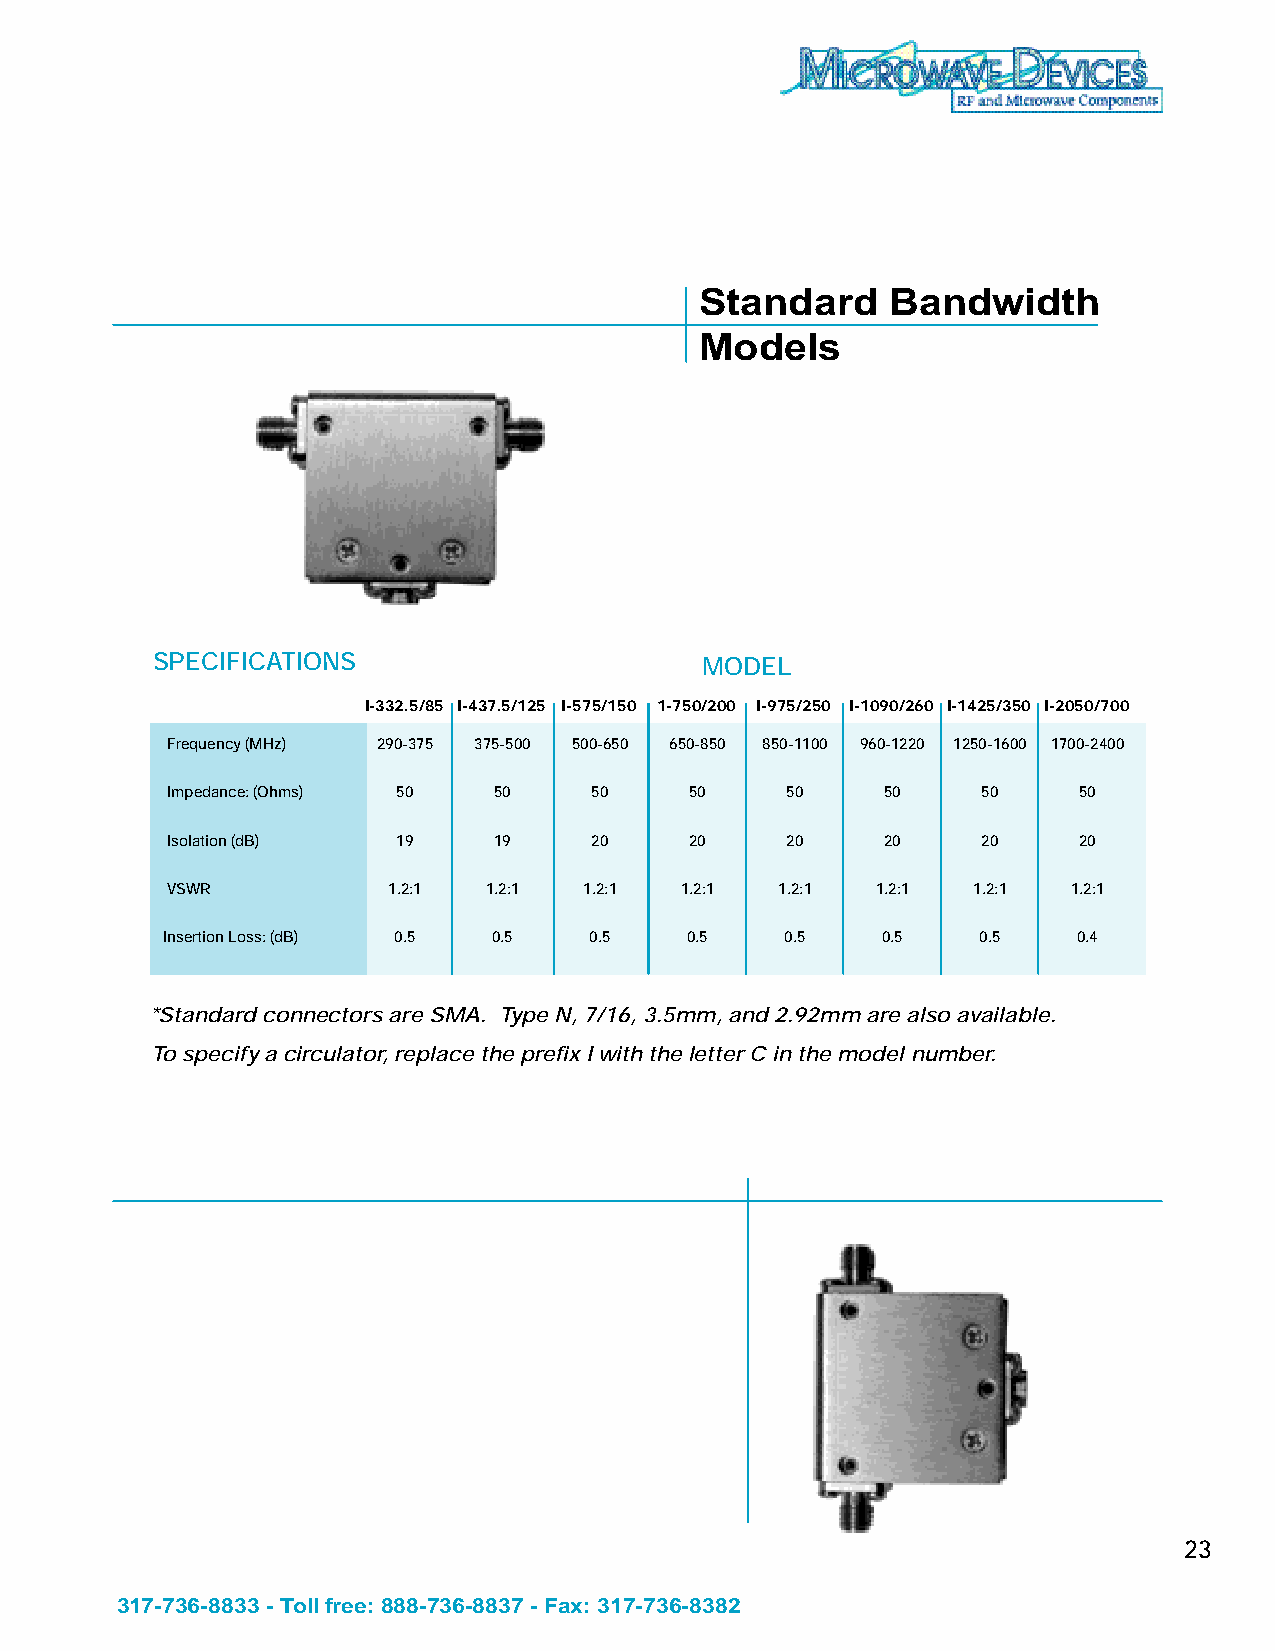
Standard     Bandwidth
 Models
 SPECIFICATIONS                      MODEL
 I-332.5/85 I-437.5/125 I-575/150 1-750/200 I-975/250 I-1090/260 I-1425/350 I-2050/700
 Frequency (MHz) 290-375 375-500 500-650 650-850 850-1100 960-1220 1250-1600 1700-2400
 Impedance: (Ohms) 50  50    50     50    50     50    50    50
 Isolation (dB) 19     19    20     20    20     20    20    20
 VSWR           1.2:1 1.2:1  1.2:1 1.2:1  1.2:1 1.2:1 1.2:1  1.2:1
 Insertion Loss: (dB) 0.5 0.5 0.5  0.5    0.5   0.5    0.5   0.4
 *Standard connectors are SMA. Type N, 7/16, 3.5mm, and 2.92mm are also available.
 To specify a circulator, replace the prefix I with the letter C in the model number.
 23
 317-736-8833 - Toll free: 888-736-8837 - Fax: 317-736-8382